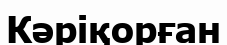
Кәріқорған